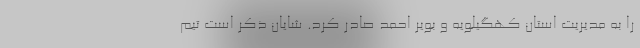
را به مدیریت استان کهگیلویه و بویر احمد صادر کرد. شایان ذکر است تیم